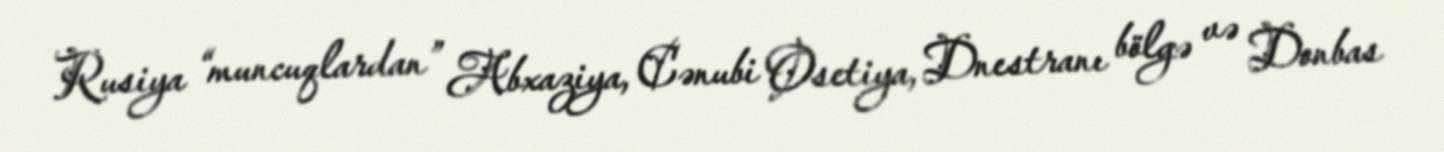
Rusiya “muncuqlardan” Abxaziya, Cənubi Osetiya, Dnestranı bölgə və Donbas